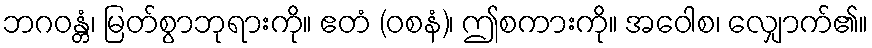
ဘဂဝန္တံ၊ မြတ်စွာဘုရားကို။ ဧတံ (ဝစနံ)၊ ဤစကားကို။ အဝေါစ၊ လျှောက်၏။